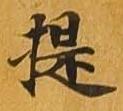
提